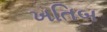
ખતિબ